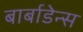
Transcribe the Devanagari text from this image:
बार्बाडेन्स